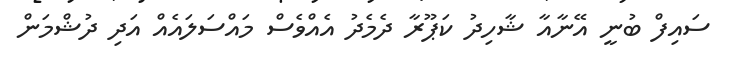
ސައިފް ބުނީ އޭނާއާ ޝާހިދު ކަޕޫރާ ދެމެދު އެއްވެސް މައްސަލައެއް އަދި ދުޝްމަން